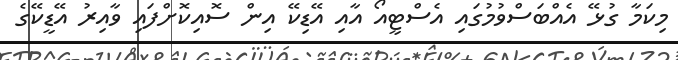
މިކަމާ ގުޅޭ އެއްބަސްވުމުގައި އެސްޓީއޯ އާއި އޭޑިކޭ އިން ސޮއިކޮށްފައި ވާއިރު އޭޑީކޭގެ